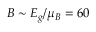
B \sim E _ { g } / \mu _ { B } = 6 0